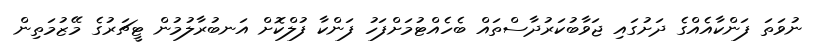
ނުވަތަ ފަންކާއެއްގެ ދަށުގައި ޖަވާބުކަރުދާސްތައް ބެހެއްޓުމަށްފަހު ފަންކާ ފުލްކޮށް އަނބުރާލުމުން ޓީޗަރުގެ މޭޒުމަތިން